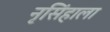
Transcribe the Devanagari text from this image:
नृसिंहाला